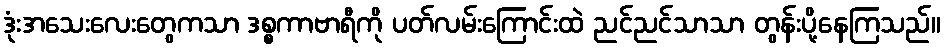
ဒုံးအသေးလေးတွေကသာ ဒစ္စကာဗာရီကို ပတ်လမ်းကြောင်းထဲ ညင်ညင်သာသာ တွန်းပို့နေကြသည်။